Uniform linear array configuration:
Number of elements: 16
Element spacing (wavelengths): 0.25
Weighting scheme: cosine
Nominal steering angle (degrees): -15
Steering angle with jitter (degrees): -13.718
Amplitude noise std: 0.05
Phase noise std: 0.05

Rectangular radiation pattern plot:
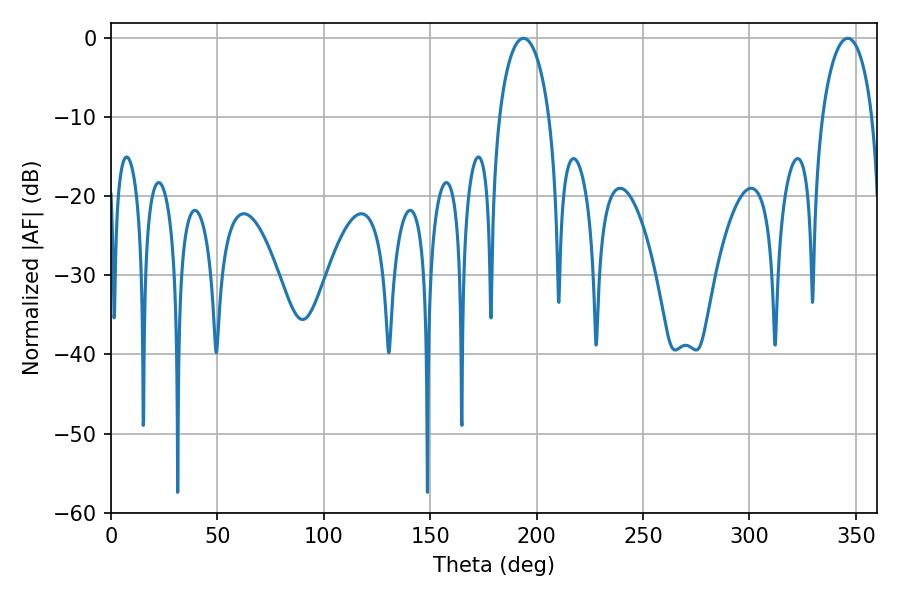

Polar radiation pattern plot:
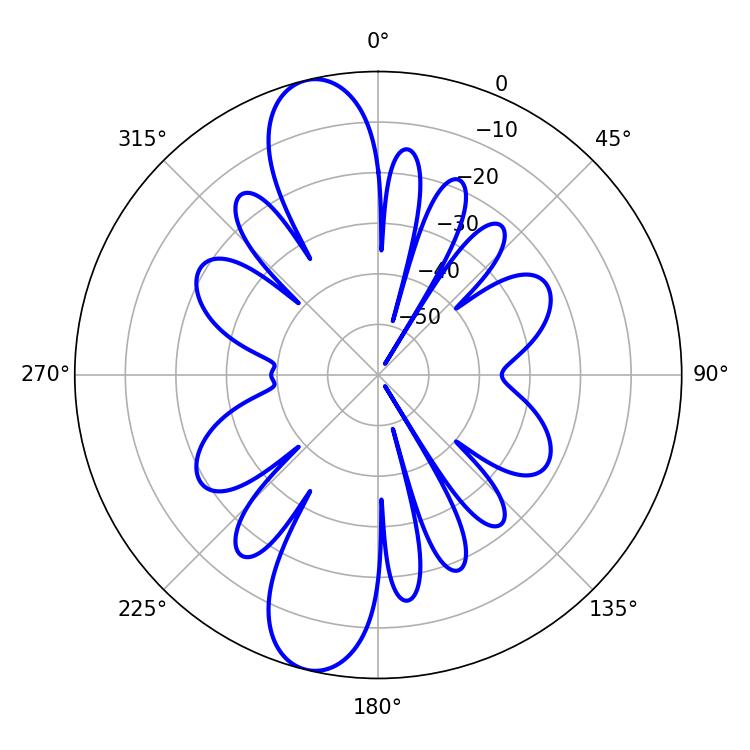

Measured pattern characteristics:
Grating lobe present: FALSE
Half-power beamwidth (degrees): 13.5
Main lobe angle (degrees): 193.86